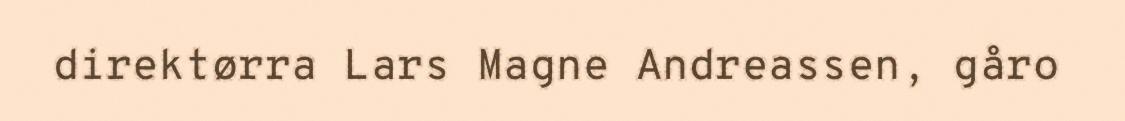
direktørra Lars Magne Andreassen, gåro